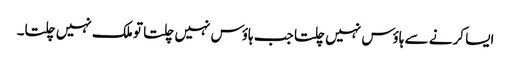
ایسا کرنے سے ہاؤس نہیں چلتا جب ہاؤس نہیں چلتا تو ملک نہیں چلتا۔